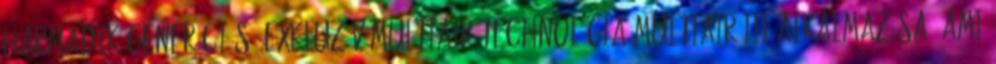
harmadik generációs, exkluzív MultiAir technológia MultiAir III alkalmazása, ami